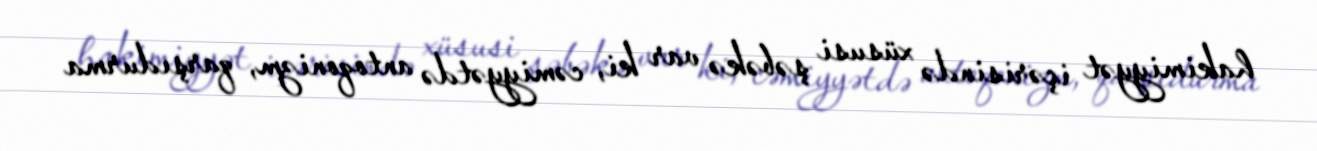
hakimiyyət içərisində xüsusi şəbəkə var ki, cəmiyyətdə antoqonizm, qarşıdurma